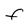
Character: F